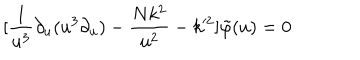
LaTeX: [ \frac { 1 } { u ^ { 3 } } \partial _ { u } ( u ^ { 3 } \partial _ { u } ) - \frac { N k ^ { 2 } } { u ^ { 2 } } - k ^ { 2 } ] \tilde { \varphi } ( u ) = 0